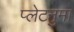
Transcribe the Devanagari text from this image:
प्‍लेटनुमा